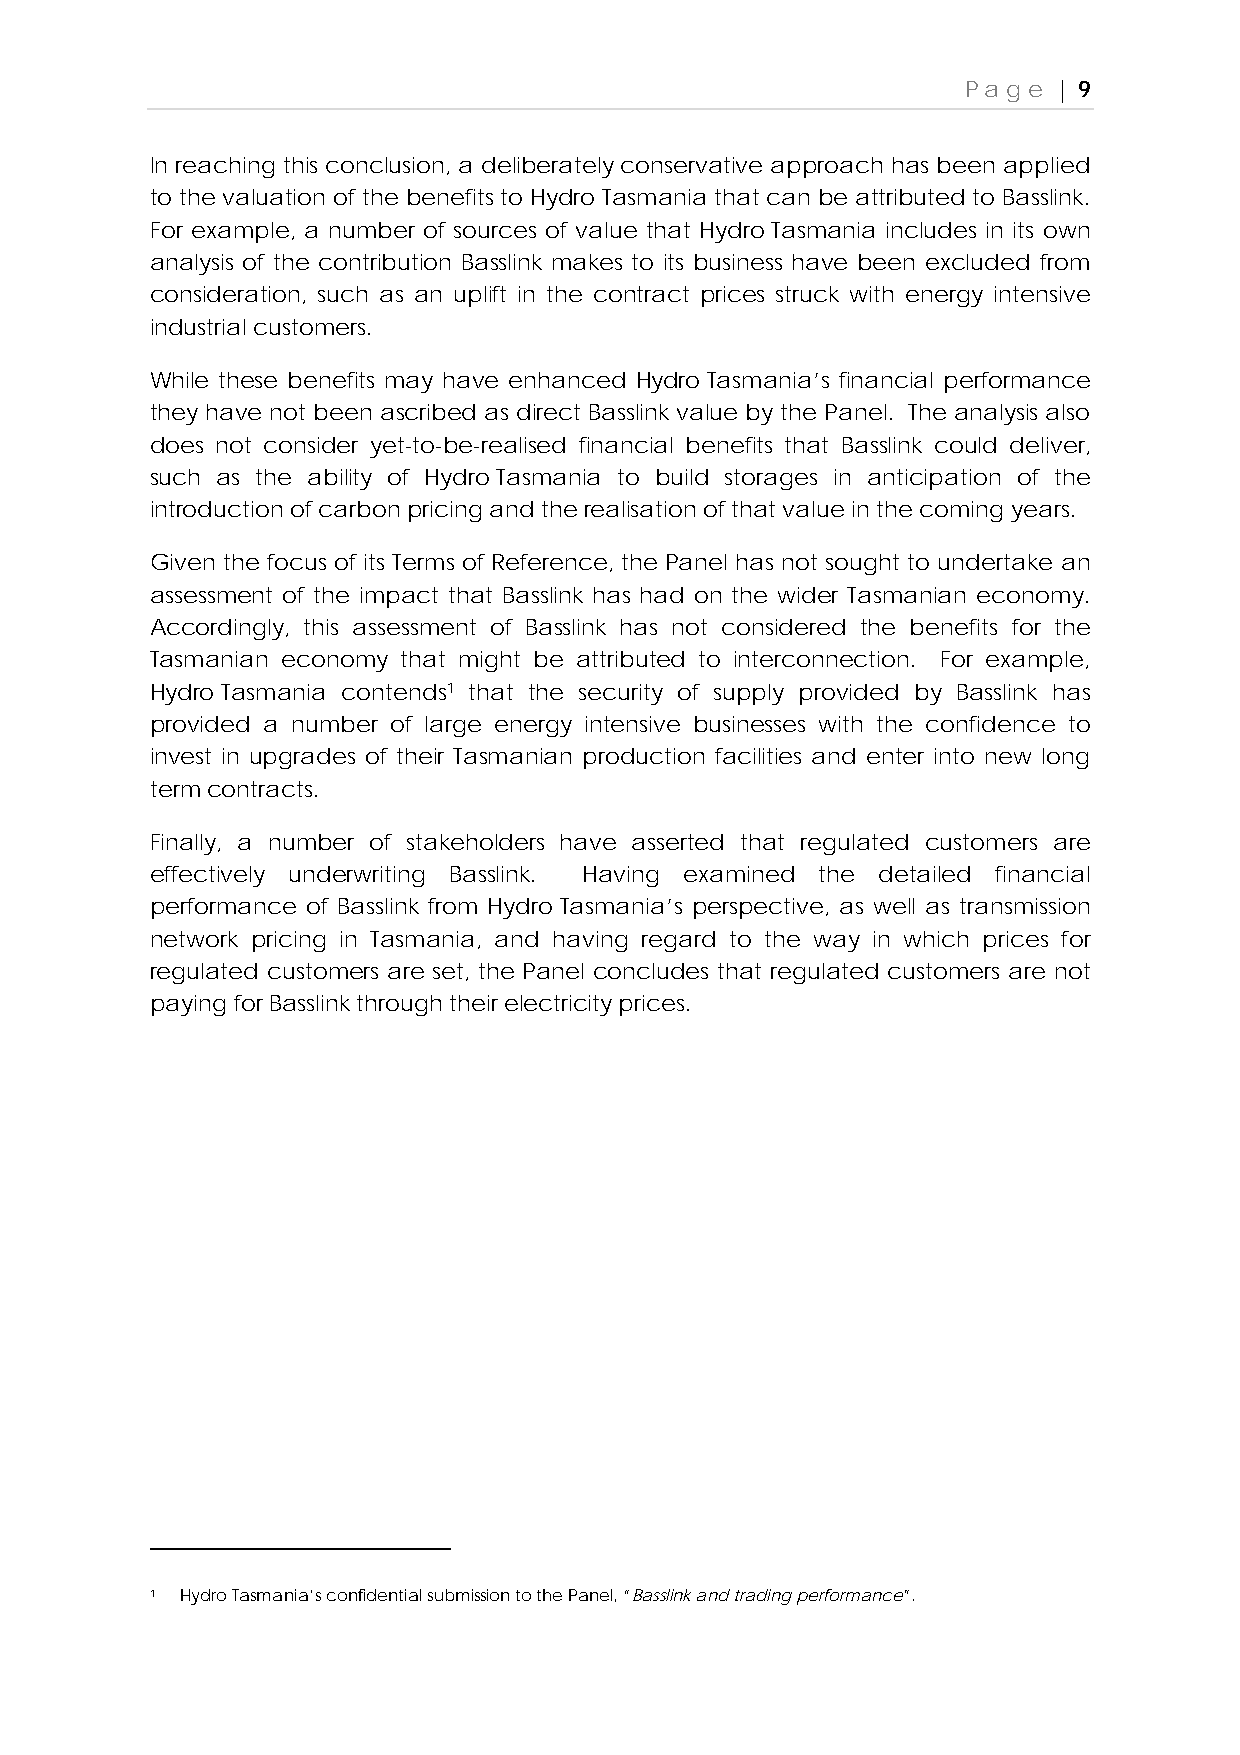
Page  | 9
 In reaching this conclusion, a deliberately conservative approach has been applied
 to the valuation of the benefits to Hydro Tasmania that can be attributed to Basslink.
 For example, a number of sources of value that Hydro Tasmania includes in its own
 analysis of the contribution Basslink makes to its business have been excluded from
 consideration, such as an uplift in the contract prices struck with energy intensive
 industrial customers.
 While these benefits may have enhanced Hydro Tasmania’s financial performance
 they have not been ascribed as direct Basslink value by the Panel. The analysis also
 does not consider yet-to-be-realised financial benefits that Basslink could deliver,
 such as the ability of Hydro Tasmania to build storages in anticipation of the
 introduction of carbon pricing and the realisation of that value in the coming years.
 Given the focus of its Terms of Reference, the Panel has not sought to undertake an
 assessment of the impact that Basslink has had on the wider Tasmanian economy.
 Accordingly, this assessment of Basslink has not considered the benefits for the
 Tasmanian economy that might be attributed to interconnection. For example,
 Hydro Tasmania contends1 that the security of supply provided by Basslink has
 provided a number of large energy intensive businesses with the confidence to
 invest in upgrades of their Tasmanian production facilities and enter into new long
 term contracts.
 Finally, a number of stakeholders have asserted that regulated customers are
 effectively underwriting Basslink. Having examined the detailed financial
 performance of Basslink from Hydro Tasmania’s perspective, as well as transmission
 network pricing in Tasmania, and having regard to the way in which prices for
 regulated customers are set, the Panel concludes that regulated customers are not
 paying for Basslink through their electricity prices.
 1 Hydro Tasmania’s confidential submission to the Panel, “Basslink and trading performance”.